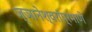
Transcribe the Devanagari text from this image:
ज्ञानेश्वरांप्रमाणे